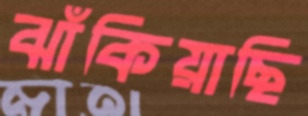
ঝাঁকিয়াছি